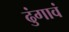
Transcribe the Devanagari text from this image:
ढुंगावं